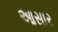
આસાર